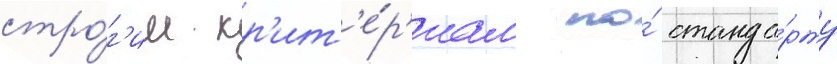
стро́г'им кр'ит'е́р'иам по́ станда́рту